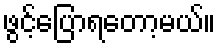
ဖွင့်ပြောရတော့မယ်။